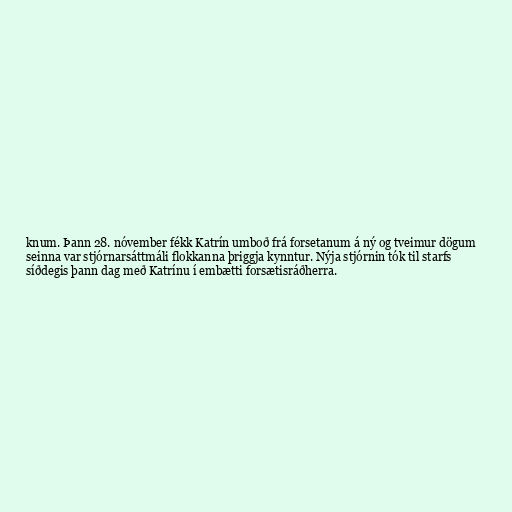
knum. Þann 28. nóvember fékk Katrín umboð frá forsetanum á ný og tveimur dögum
seinna var stjórnarsáttmáli flokkanna þriggja kynntur. Nýja stjórnin tók til starfs
síðdegis þann dag með Katrínu í embætti forsætisráðherra.